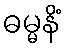
ဓမ္မနိံ